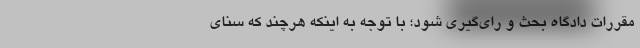
مقررات دادگاه بحث و رای‌گیری شود؛ با توجه به اینکه هرچند که سنای